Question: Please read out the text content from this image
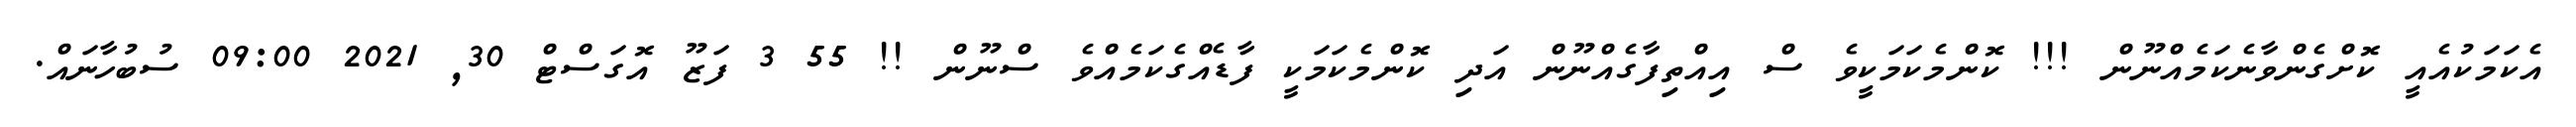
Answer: އެކަމަކުއެއީ ކޮށްގެންވާނެކަމެއްނޫން !!! ކޮންމެކަމަކީވެ ސް އިއްތިފާގެއްނޫން އަދި ކޮންމެކަމަކީ ފާޑެއްގެކަމެއްވެ ސްނޫން !! 55 3 ފަޒޫ އޮގަސްޓް 30, 2021 09:00 ސުބުހާނައް.